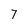
Character: 7